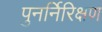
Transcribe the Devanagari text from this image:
पुनर्निरिक्षण